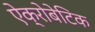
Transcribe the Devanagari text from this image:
ऐक्रोबेटिक